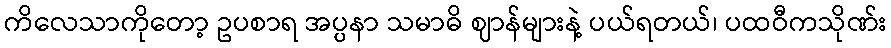
ကိလေသာကိုတော့ ဥပစာရ အပ္ပနာ သမာဓိ ဈာန်များနဲ့ ပယ်ရတယ်၊ ပထဝီကသိုဏ်း